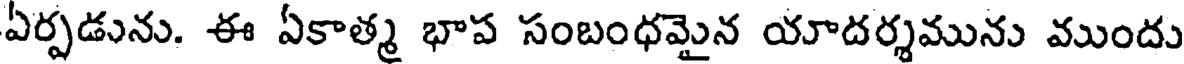
ఏర్పడును. ఈ ఏకాత్మ భాప సంబంధమైన యాదర్శమును ముందు